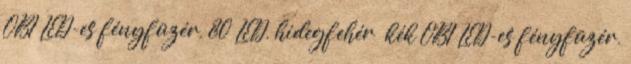
OBI LED-es fényfüzér, 80 LED, hidegfehér kék OBI LED-es fényfüzér,